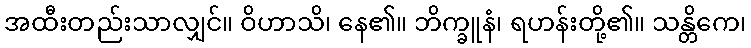
အထီးတည်းသာလျှင်။ ဝိဟာသိ၊ နေ၏။ ဘိက္ခူနံ၊ ရဟန်းတို့၏။ သန္တိကေ၊